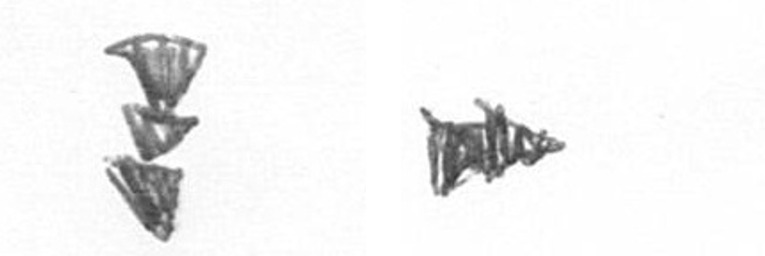
E A